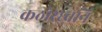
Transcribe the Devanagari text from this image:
कठोरध्वनि